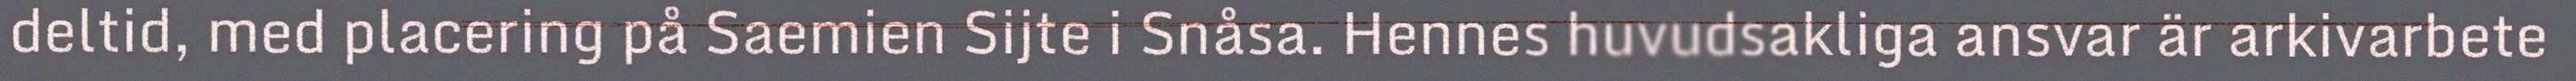
deltid, med placering på Saemien Sijte i Snåsa. Hennes huvudsakliga ansvar är arkivarbete